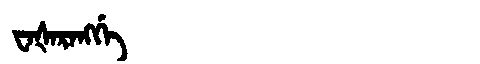
Manchu: ᠸᠠᡧᠠᡵᠠᠩᡤᡝ
Romanization: WAŠARANGGE